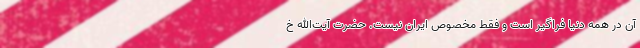
آن در همه دنیا فراگیر است و فقط مخصوص ایران نیست. حضرت آیت‌الله خ